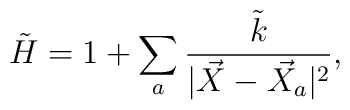
\tilde{H}= 1+\sum_a \frac{\tilde{k}}{|\vec{X}-\vec{X}_a|^{2}},